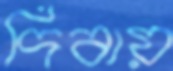
দিবায়